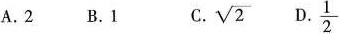
A . 2 B .1 C.\sqrt{2} D.\frac{1}{2}